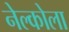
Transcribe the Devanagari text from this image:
नेल्कोला